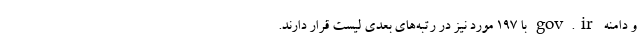
و دامنه gov.ir با ۱۹۷ مورد نیز در رتبه‌های بعدی لیست قرار دارند.